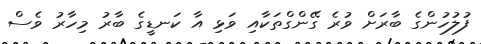
ފުލުހުންގެ ބާރަށް ވުރެ ގޭންގްތަކާއި ވަޅި އާ ކަނޑީގެ ބާރު މިހާރު ވެސް